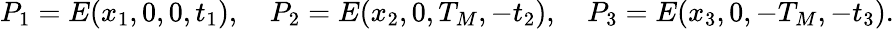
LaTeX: P_{1}=E(x_{1},0,0,t_{1}),\quad P_{2}=E(x_{2},0,T_{M},-t_{2}),\quad P_{3}=E(x_{3},0,-T_{M},-t_{3}).